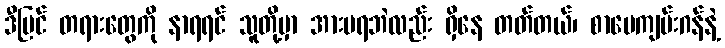
ဒီပြင် တရားတွေကို နာရရင် သူတို့မှာ အားမရဘဲလည်း ရှိနေ တတ်တယ်၊ စာပေကျမ်းဂန်နဲ့